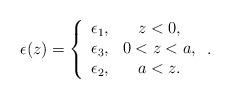
LaTeX: \begin{align*}\epsilon(z)=\left\{\begin{array}{cc}\epsilon_1,&z<0,\\\epsilon_3,&0<z<a,\\\epsilon_2,&a<z.\end{array}\right..\end{align*}